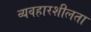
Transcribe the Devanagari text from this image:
व्यवहारशीलता